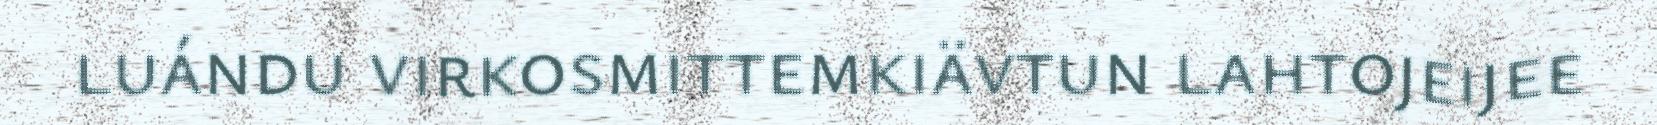
luándu virkosmittemkiävtun lahtojeijee